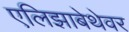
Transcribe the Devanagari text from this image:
एलिझाबेथेवर